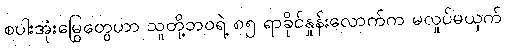
စပါးအုံးမြွေတွေဟာ သူတို့ဘဝရဲ့ ၈၅ ရာခိုင်နှုန်းလောက်က မလှုပ်မယှက်